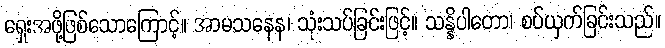
ရှေးအဖို့ဖြစ်သောကြောင့်။ အာမသနေန၊ သုံးသပ်ခြင်းဖြင့်။ သန္နိပါတော၊ စပ်ယှက်ခြင်းသည်။